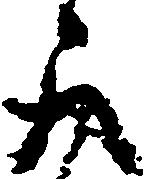
取